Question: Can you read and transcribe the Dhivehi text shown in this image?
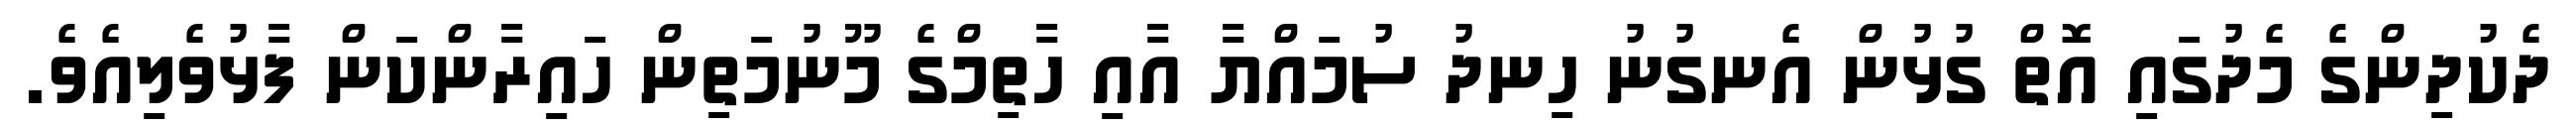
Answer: ދެކުދިންގެ މެދުގައި އޮތް ގުޅުން އެނގުނު ހިނދު ސުމައްޔާ އާއި ހާތިމްގެ މޫނުމަތިން ހައިރާންކަން ފާޅުވެލިއެވެ.